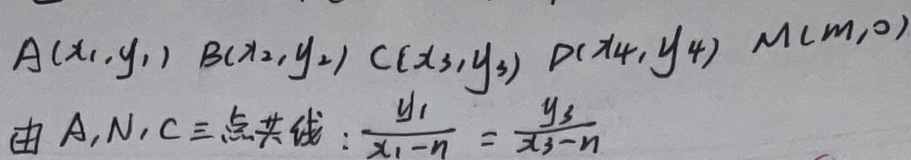
$A(x_1,y_1),B(x_2,y_2),C(x_3,y_3),D(x_4,y_4),M(m,0)$

由\(A,N,C\)三点共线：\(\frac{y_1}{x_1 - n}=\frac{y_3}{x_3 - n}\)